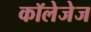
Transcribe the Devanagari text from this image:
कॉलेजेज